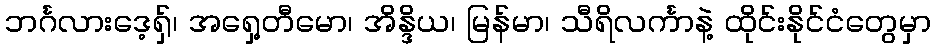
ဘင်္ဂလားဒေ့ရှ်၊ အရှေ့တီမော၊ အိန္ဒိယ၊ မြန်မာ၊ သီရိလင်္ကာနဲ့ ထိုင်းနိုင်ငံတွေမှာ